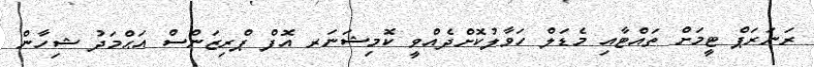
ރަނަރަޕް ޓީމަށް ތައްޓާއި މެޑަލް ހަވާލުކޮށްދެއްވީ ކޮމިޝަނަރ އޮފް ޕްރިޒަންސް އަޙްމަދު ޝިހާން